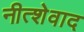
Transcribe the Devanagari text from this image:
नीत्शेवाद